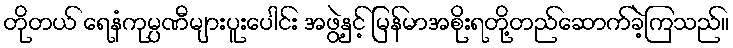
တိုတယ် ရေနံကုမ္ပဏီများပူးပေါင်း အဖွဲ့နှင့် မြန်မာအစိုးရတို့တည်ဆောက်ခဲ့ကြသည်။